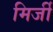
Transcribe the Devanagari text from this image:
मिर्जी